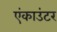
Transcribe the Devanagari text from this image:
एंकाउंटर